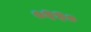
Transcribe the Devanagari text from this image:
०११०